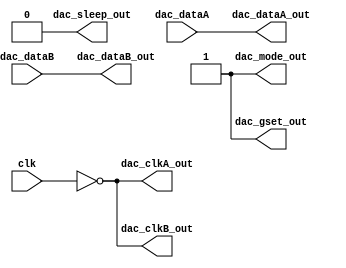
`timescale 1ns / 1ps
//////////////////////////////////////////////////////////////////////////////////
// Company: 
// Engineer: 
// 
// Design Name: 
// Module Name: DAC_DRIVER
// Project Name: 
// Target Devices: 
// Tool Versions: 
// Description: 
// 
// Dependencies: 
// 
// Revision:
// Revision 0.01 - File Created
// Additional Comments:
// 
//////////////////////////////////////////////////////////////////////////////////


module DAC_DRIVER(
        input clk,
        input [13:0] dac_dataA,
        input [13:0] dac_dataB,
        output [13:0] dac_dataA_out,
        output [13:0] dac_dataB_out,
        output dac_clkA_out,
        output dac_clkB_out,
        output dac_gset_out,
        output dac_mode_out,
        output dac_sleep_out
    );
    assign dac_dataA_out=dac_dataA;
    assign dac_dataB_out=dac_dataB;
    assign dac_clkA_out=~clk;
    assign dac_clkB_out=~clk;
    assign dac_gset_out=1'b1;
    assign dac_mode_out=1'b1;
    assign dac_sleep_out=1'b0;
    
endmodule